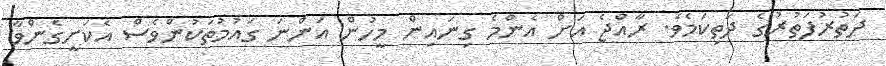
ދަތުރުފަތުރުގެ ދަތިކަމެވެ. ރާއްޖެ އަށް އެންމެ ގިނައިން މީހުން އަންނަ ގައުމުތަކުންވެސް އެކަށީގެންވާ